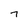
Character: 7